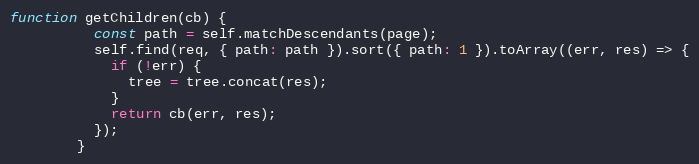
Language: JavaScript
function getChildren(cb) {
          const path = self.matchDescendants(page);
          self.find(req, { path: path }).sort({ path: 1 }).toArray((err, res) => {
            if (!err) {
              tree = tree.concat(res);
            }
            return cb(err, res);
          });
        }